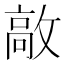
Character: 㪣